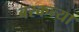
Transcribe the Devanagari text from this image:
बरकन्या